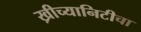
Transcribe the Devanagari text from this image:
ख्रीच्यानिटीचा